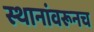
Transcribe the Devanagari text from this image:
स्थानांवरूनच